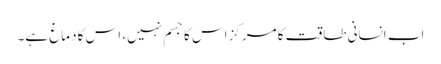
اب انسانی طاقت کا مرکز اس کا جسم نہیں، اس کا دماغ ہے۔